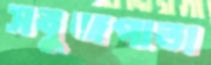
সবুজপাতা